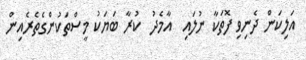
އަލިކަން ދެނިވި ފޮތަކާ ނުލައި  އާމެދު  ކުރާ ބަޔަކު މީސްތަކުންގެތެރެއިން